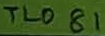
Text: TL081